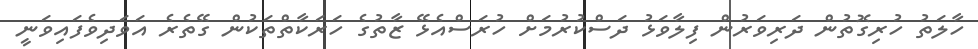
ހާލަތު ހުރިގޮތުން ދަރިވަރުން ފިލާވަޅު ދަސްކުރުމަށް ހުރަސްއެޅޭ ޒާތުގެ ހަރަކާތްތަކުން ގޭތެރެ އަވަދިވެފައިވަނީ